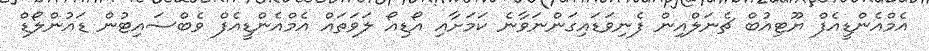
އެމްއެންޑީއެފް ޔޫޓިއުބް ޗެނަލްއިން ފެނިވަޑައިގަންނަވާނެ ކަމަށާއި އޯޑިއޯ ލަވަތައް އެމްއެންޑީއެފް ވެބްސައިޓުން ޑައުންލޯޑް